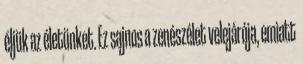
éljük az életünket. Ez sajnos a zenészélet velejárója, emiatt